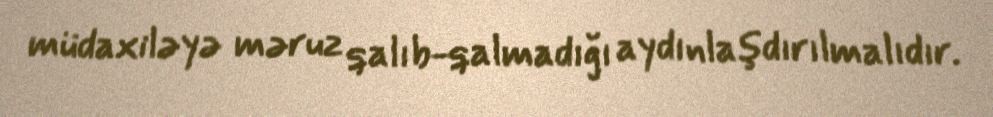
müdaxiləyə məruz qalıb-qalmadığı aydınlaşdırılmalıdır.